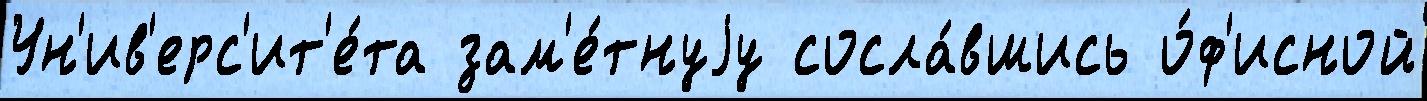
Ун'ив'ерс'ит'е́та зам'е́тнуjу сосла́вшись о́ф'исной